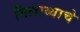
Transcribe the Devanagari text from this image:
गिलाव्याचे